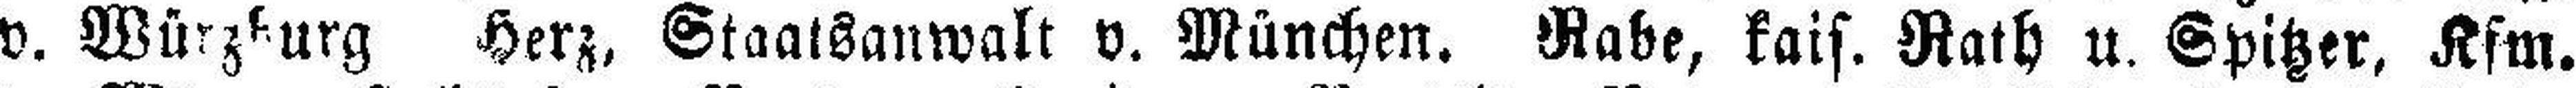
v. Würzburg Herz, Staatsanwalt v. München. Rabe, kais. Rath u. Spitzer, Kfm.